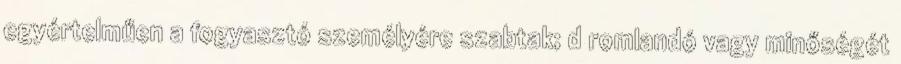
egyértelműen a fogyasztó személyére szabtak; d romlandó vagy minőségét